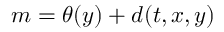
m = \theta ( y ) + d ( t , x , y )